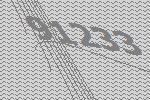
91233